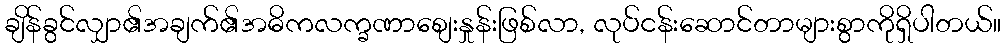
ချိန်ခွင်လျှာ၏အချက်၏အဓိကလက္ခဏာစျေးနှုန်းဖြစ်လာ, လုပ်ငန်းဆောင်တာများစွာကိုရှိပါတယ်။